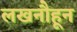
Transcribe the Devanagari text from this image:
लखनौहून